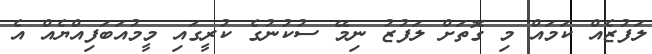
ލަފުޒެއް ކަމައް މި ގޮތަށް ލަފުޒު ނިމޭ ސުކުނުގެ ކުރީގައި މީމުއަބަފިއްޔެއް އެ